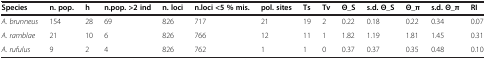
| Species | n. pop. | h | n.pop. >2 ind | n. loci | n.loci <5 % mis. | pol. sites | Ts | Tv | Θ_S | s.d. Θ_S | Θ_π | s.d. Θ_π | RI |
 | --- | --- | --- | --- | --- | --- | --- | --- | --- | --- | --- | --- | --- | --- |
 | A. brunneus | 154 | 28 | 69 | 826 | 717 | 21 | 19 | 2 | 0.22 | 0.18 | 0.22 | 0.34 | 0.07 |
 | A. ramblae | 21 | 10 | 6 | 826 | 766 | 12 | 11 | 1 | 1.82 | 1.19 | 1.81 | 1.45 | 0.31 |
 | A. rufulus | 9 | 2 | 4 | 826 | 762 | 1 | 1 | 0 | 0.37 | 0.37 | 0.35 | 0.48 | 0.10 |